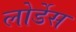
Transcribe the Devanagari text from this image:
लोर्डेस